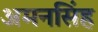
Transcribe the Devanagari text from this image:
अमनसिंह